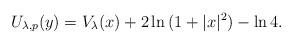
LaTeX: \begin{align*}U_{\lambda,p}(y)=V_{\lambda}(x) + 2\ln{(1+|x|^2)}-\ln{4}.\end{align*}